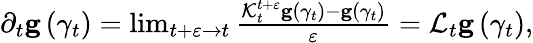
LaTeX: \begin{array}{r}{\partial_{t}\mathbf{g}\left(\gamma_{t}\right)=\operatorname*{lim}_{t+\varepsilon\rightarrow t}\frac{\mathcal{K}_{t}^{t+\varepsilon}\mathbf{g}\left(\gamma_{t}\right)-\mathbf{g}\left(\gamma_{t}\right)}{\varepsilon}=\mathcal{L}_{t}\mathbf{g}\left(\gamma_{t}\right),}\end{array}